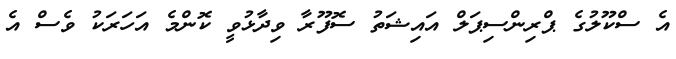
އެ ސްކޫލުގެ ޕްރިންސިޕަލް އައިޝަތު ސޮފޫރާ ވިދާޅުވީ ކޮންމެ އަހަރަކު ވެސް އެ